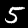
Digit: 5